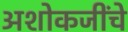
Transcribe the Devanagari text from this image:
अशोकजींचे